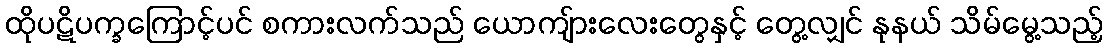
ထိုပဋိပက္ခကြောင့်ပင် စကားလက်သည် ယောကျ်ားလေးတွေနှင့် တွေ့လျှင် နုနယ် သိမ်မွေ့သည့်